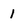
Character: 1